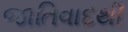
જાતિવાદથી